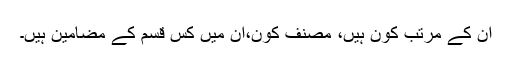
ان کے مرتب کون ہیں، مصنّف کون،ان میں کس قسم کے مضامین ہیں۔